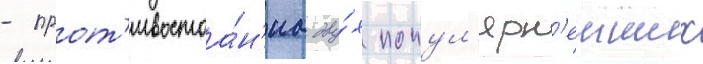
- прот'ивостоа́н'иа дву́х попул'ярн'еиших